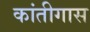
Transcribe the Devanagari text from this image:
कांतीगास